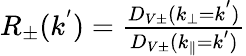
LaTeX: \begin{array}{r}{R_{\pm}(k^{'})=\frac{D_{V\pm}(k_{\perp}=k^{'})}{D_{V\pm}(k_{\parallel}=k^{'})}}\end{array}